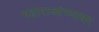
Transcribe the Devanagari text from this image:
महाराजांच्यावर